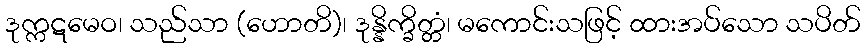
ဒုက္ကဋမေဝ၊ သည်သာ (ဟောတိ)၊ ဒုန္နိက္ခိတ္တံ၊ မကောင်းသဖြင့် ထားအပ်သော သပိတ်